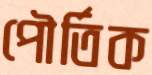
পৌর্তিক